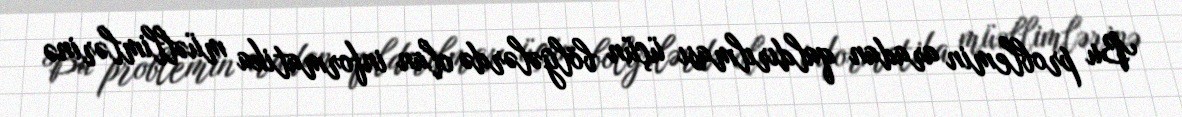
Bu problemin aradan qaldırılması üçün bölgələrdə olan informatika müəllimlərinə